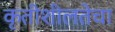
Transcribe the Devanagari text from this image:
कृतीशीलतेचा